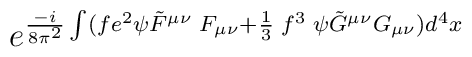
e^{{-i \over 8\pi^2} \int(fe^2\psi \tilde{F}^{\mu \nu}\; F_{\mu \nu} + {1 \over 3} \; f^3 \; \psi \tilde{G}^{\mu \nu}G_{\mu \nu}) d^4x }